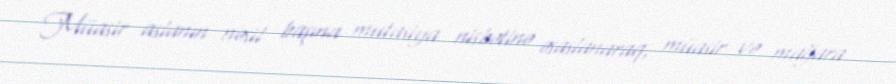
Müasir aslanın nəsil başına mutasiya nisbətinə əsaslanaraq, müasir və mağara